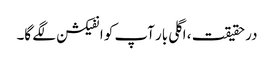
در حقیقت ، اگلی بار آپ کو انفیکشن لگے گا۔